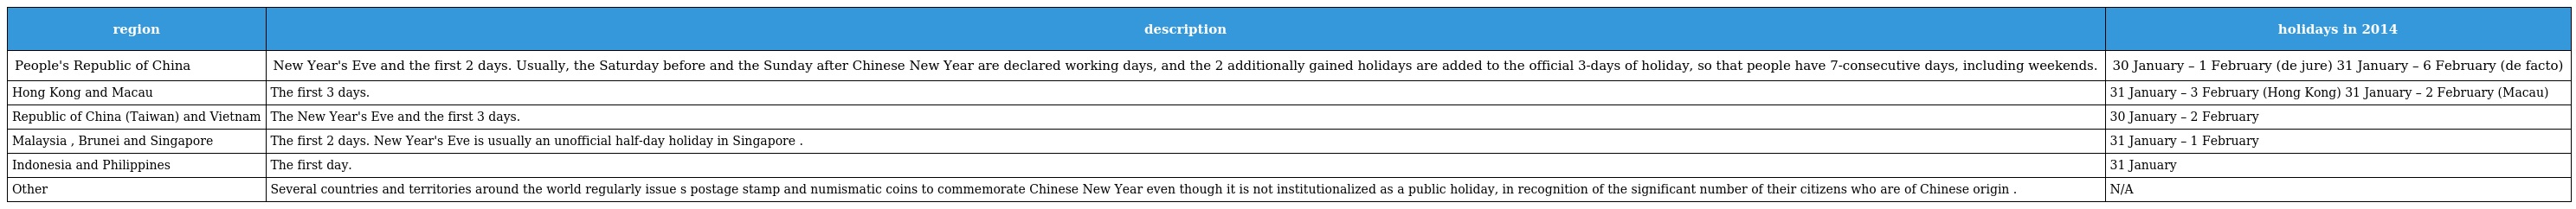
| region | description | holidays in 2014 |
 | --- | --- | --- |
 | People's Republic of China | New Year's Eve and the first 2 days. Usually, the Saturday before and the Sunday after Chinese New Year are declared working days, and the 2 additionally gained holidays are added to the official 3-days of holiday, so that people have 7-consecutive days, including weekends. | 30 January – 1 February (de jure) 31 January – 6 February (de facto) |
 | Hong Kong and Macau | The first 3 days. | 31 January – 3 February (Hong Kong) 31 January – 2 February (Macau) |
 | Republic of China (Taiwan) and Vietnam | The New Year's Eve and the first 3 days. | 30 January – 2 February |
 | Malaysia , Brunei and Singapore | The first 2 days. New Year's Eve is usually an unofficial half-day holiday in Singapore . | 31 January – 1 February |
 | Indonesia and Philippines | The first day. | 31 January |
 | Other | Several countries and territories around the world regularly issue s postage stamp and numismatic coins to commemorate Chinese New Year even though it is not institutionalized as a public holiday, in recognition of the significant number of their citizens who are of Chinese origin . | N/A |